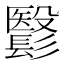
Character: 𩮵